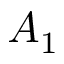
A _ { 1 }